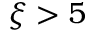
\xi > 5